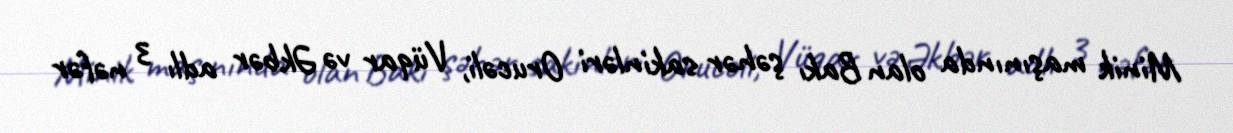
Minik maşınında olan Bakı şəhər sakinləri Orucəli, Vüqar və Əkbər adlı 3 nəfər